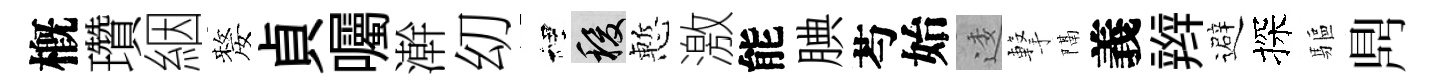
槪瓚絪嫠貞囑澣㓜裡稷慙激能腆芍始逶撃隔義辫避探驅𪔂